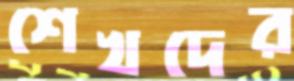
শেখদের